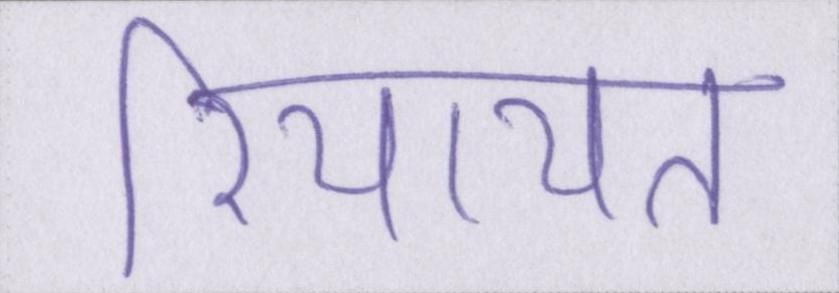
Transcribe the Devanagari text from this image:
रियायत